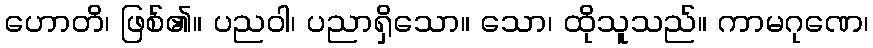
ဟောတိ၊ ဖြစ်၏။ ပညဝါ၊ ပညာရှိသော။ သော၊ ထိုသူသည်။ ကာမဂုဏေ၊